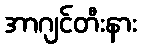
အာဂျင်တီးနား